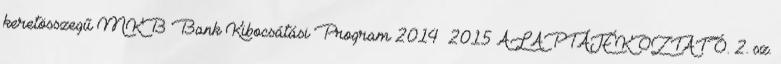
keretösszegű MKB Bank Kibocsátási Program 2014 2015 ALAPTÁJÉKOZTATÓ. 2. sz.